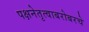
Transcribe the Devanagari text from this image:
पक्षनेतृत्वाबरोबरचे